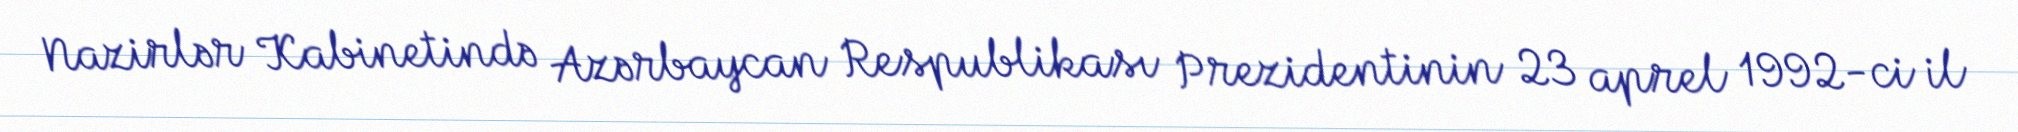
Nazirlər Kabinetində Azərbaycan Respublikası Prezidentinin 23 aprel 1992-ci il